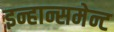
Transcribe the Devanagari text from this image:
इन्हान्समेन्ट